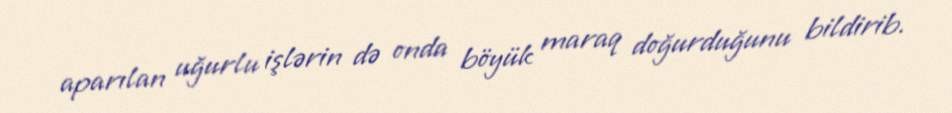
aparılan uğurlu işlərin də onda böyük maraq doğurduğunu bildirib.